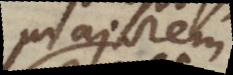
majorem